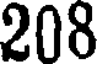
208